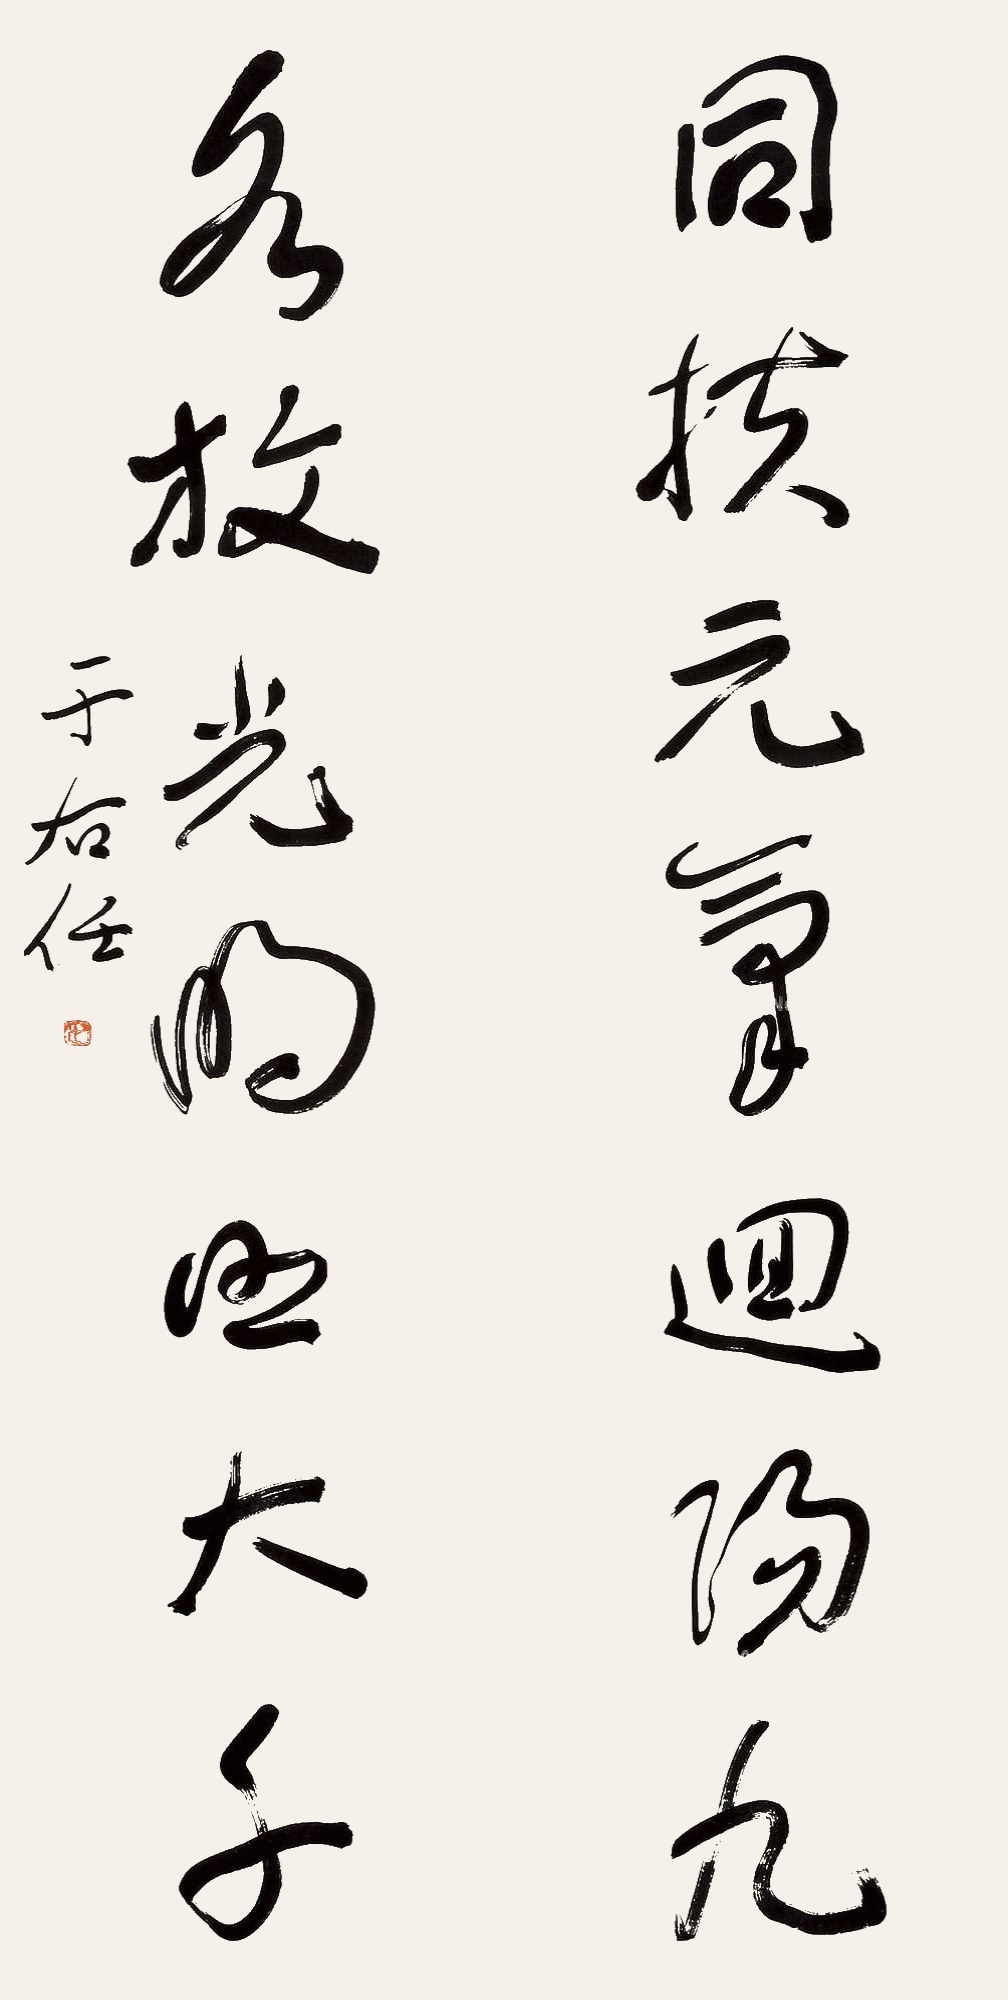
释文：同扶元气回阳九，各放光明照大千。于右任。